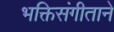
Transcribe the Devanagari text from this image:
भक्तिसंगीताने